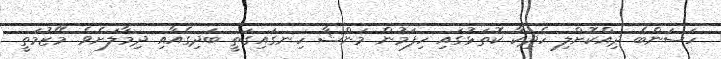
ހަސަންބެ ދިއްކޮށްލި ހެދިކާ ކޮތަޅުގައި ހިފަމުން މަންޝާ ހިނގައިގަތީ ބަދިިގެއާއި ދިމާލަށެވެ. މޭޒުމަތީ